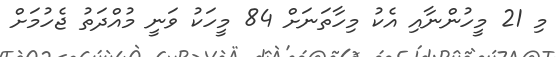
މި 21 މީހުންނާއި އެކު މިހާތަނަށް 84 މީހަކު ވަނީ މުއްދަތު ޖެހުމަށް